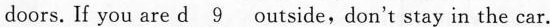
doors. If you are d___outside, don't stay in the car.